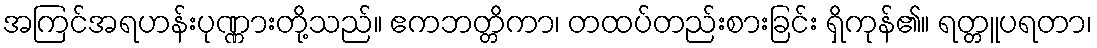
အကြင်အရဟန်းပုဏ္ဏားတို့သည်။ ဧကဘတ္တိကာ၊ တထပ်တည်းစားခြင်း ရှိကုန်၏။ ရတ္တူပရတာ၊